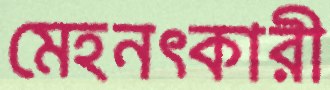
মেহনৎকারী